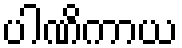
ပါဏိကာယ